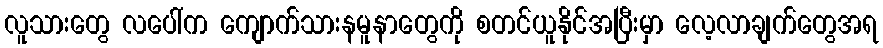
လူသားတွေ လပေါ်က ကျောက်သားနမူနာတွေကို စတင်ယူနိုင်အပြီးမှာ လေ့လာချက်တွေအရ